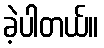
ခဲ့ပါတယ်။